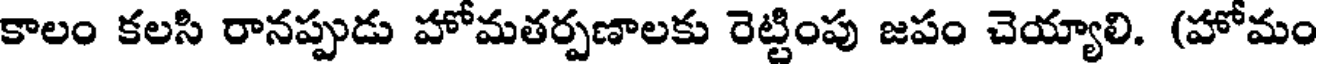
కాలం కలసి రానప్పుడు హోమతర్పణాలకు రెట్టింపు జపం చెయ్యాలి. (హోమం